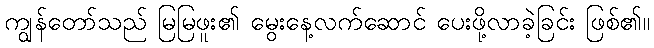
ကျွန်တော်သည် မြမြဖူး၏ မွေးနေ့လက်ဆောင် ပေးဖို့လာခဲ့ခြင်း ဖြစ်၏။